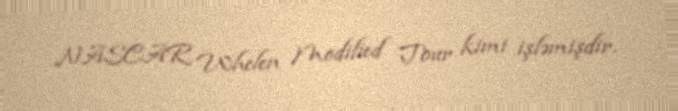
NASCAR Whelen Modified Tour kimi işləmişdir.